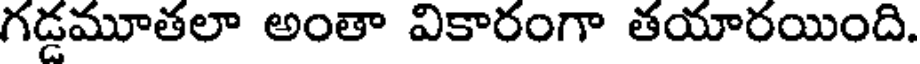
గడ్డమూతలా అంతా వికారంగా తయారయింది.